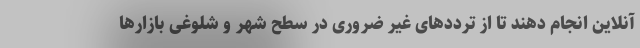
آنلاین انجام دهند تا از تردد‌های غیر ضروری در سطح شهر و شلوغی بازار‌ها